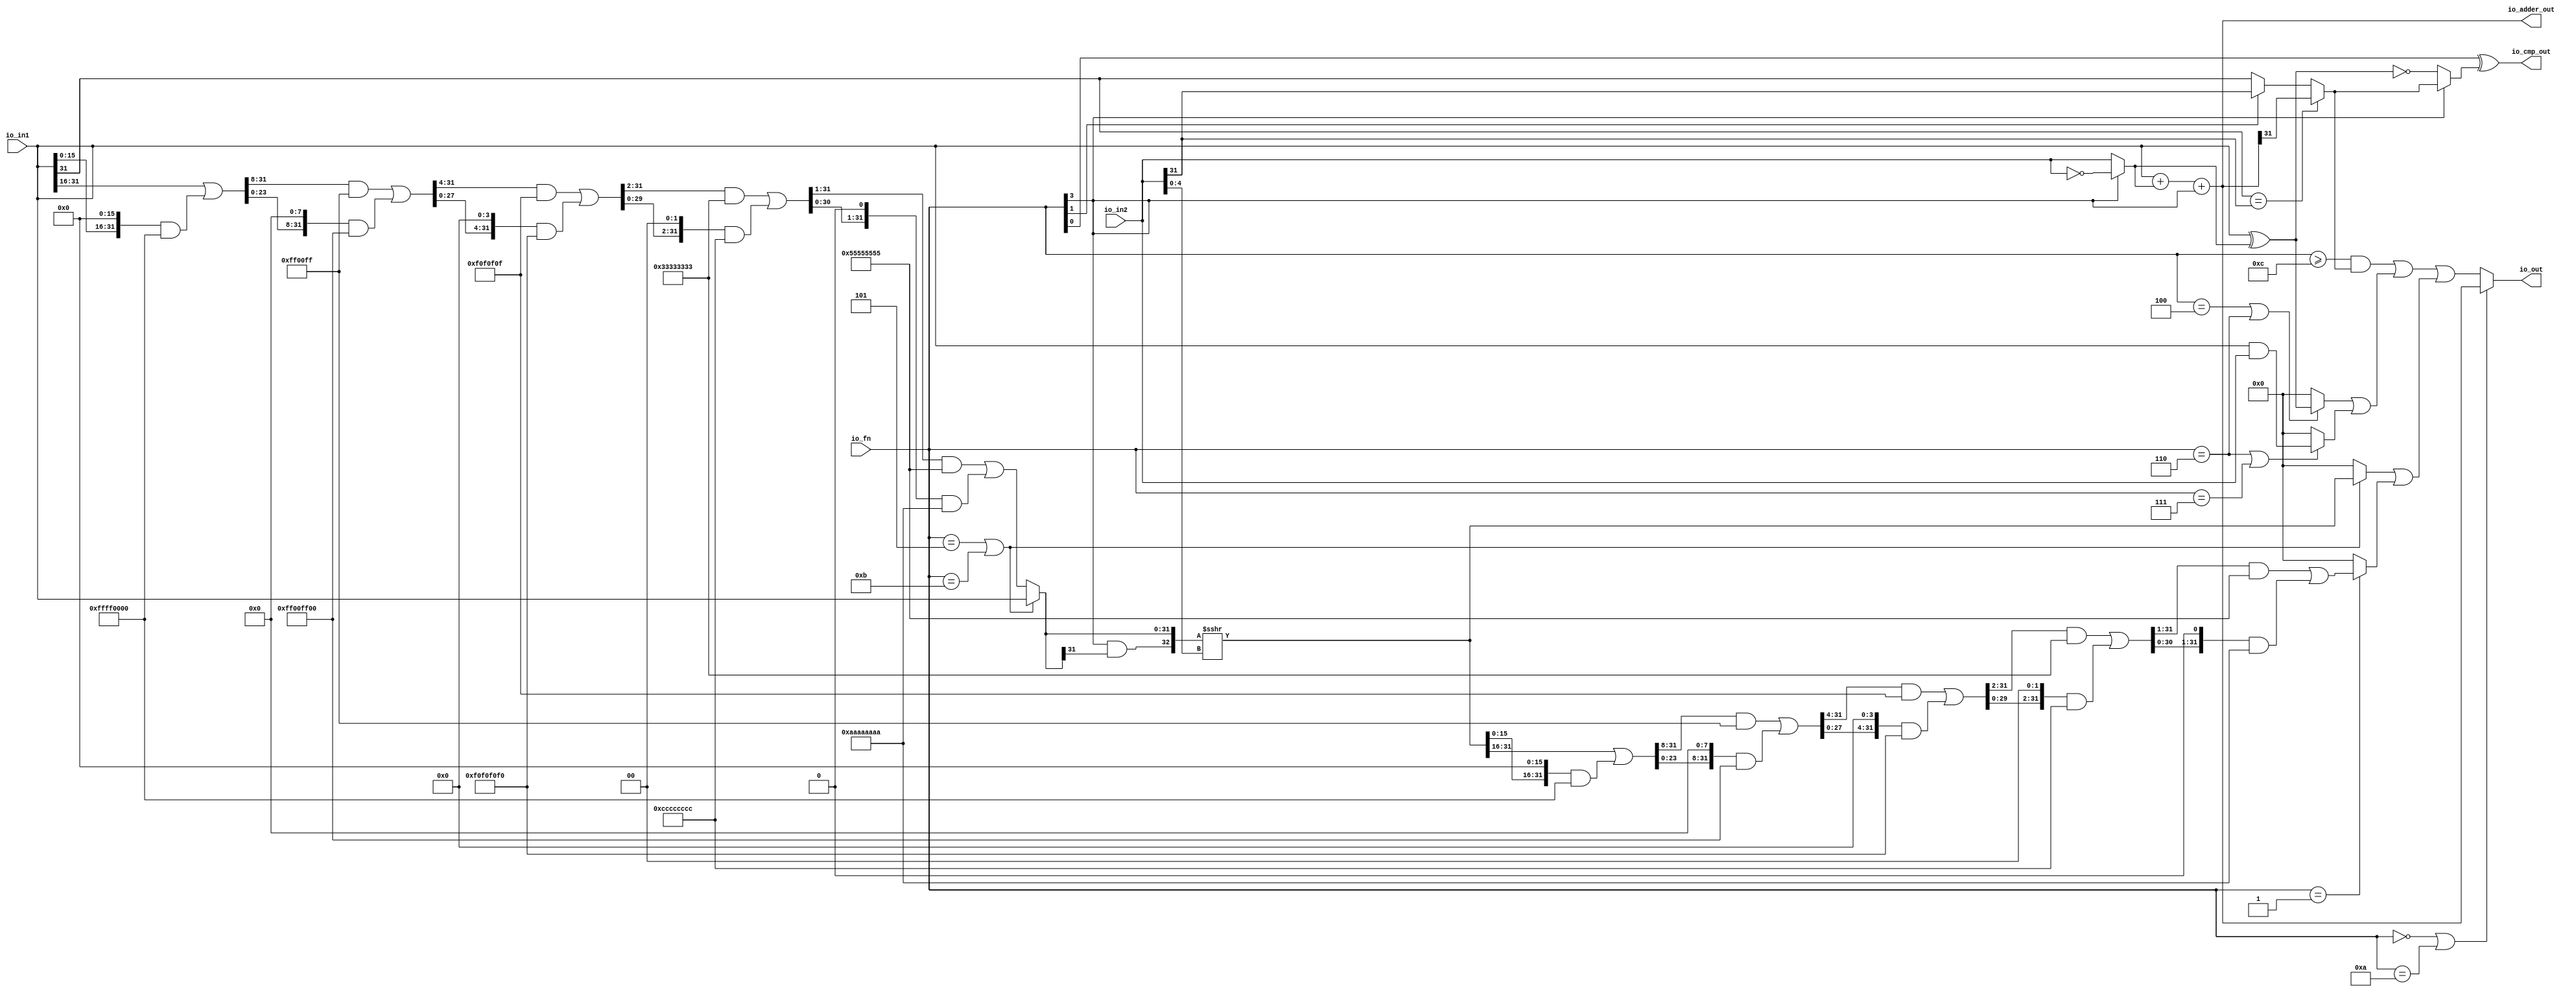
module ALU( // @[:freechips.rocketchip.system.DefaultRV32Config.fir@222613.2]
  input  [3:0]  io_fn, // @[:freechips.rocketchip.system.DefaultRV32Config.fir@222616.4]
  input  [31:0] io_in2, // @[:freechips.rocketchip.system.DefaultRV32Config.fir@222616.4]
  input  [31:0] io_in1, // @[:freechips.rocketchip.system.DefaultRV32Config.fir@222616.4]
  output [31:0] io_out, // @[:freechips.rocketchip.system.DefaultRV32Config.fir@222616.4]
  output [31:0] io_adder_out, // @[:freechips.rocketchip.system.DefaultRV32Config.fir@222616.4]
  output        io_cmp_out // @[:freechips.rocketchip.system.DefaultRV32Config.fir@222616.4]
);
  wire [31:0] _T_1; // @[ALU.scala 62:35:freechips.rocketchip.system.DefaultRV32Config.fir@222622.4]
  wire [31:0] in2_inv; // @[ALU.scala 62:20:freechips.rocketchip.system.DefaultRV32Config.fir@222623.4]
  wire [31:0] in1_xor_in2; // @[ALU.scala 63:28:freechips.rocketchip.system.DefaultRV32Config.fir@222624.4]
  wire [31:0] _T_3; // @[ALU.scala 64:26:freechips.rocketchip.system.DefaultRV32Config.fir@222626.4]
  wire [31:0] _GEN_0; // @[ALU.scala 64:36:freechips.rocketchip.system.DefaultRV32Config.fir@222628.4]
  wire  _T_9; // @[ALU.scala 68:24:freechips.rocketchip.system.DefaultRV32Config.fir@222633.4]
  wire  _T_14; // @[ALU.scala 69:8:freechips.rocketchip.system.DefaultRV32Config.fir@222638.4]
  wire  slt; // @[ALU.scala 68:8:freechips.rocketchip.system.DefaultRV32Config.fir@222639.4]
  wire  _T_17; // @[ALU.scala 44:26:freechips.rocketchip.system.DefaultRV32Config.fir@222642.4]
  wire  _T_18; // @[ALU.scala 70:68:freechips.rocketchip.system.DefaultRV32Config.fir@222643.4]
  wire  _T_19; // @[ALU.scala 70:41:freechips.rocketchip.system.DefaultRV32Config.fir@222644.4]
  wire [4:0] shamt; // @[ALU.scala 74:28:freechips.rocketchip.system.DefaultRV32Config.fir@222647.4]
  wire  _T_21; // @[ALU.scala 82:24:freechips.rocketchip.system.DefaultRV32Config.fir@222648.4]
  wire  _T_22; // @[ALU.scala 82:44:freechips.rocketchip.system.DefaultRV32Config.fir@222649.4]
  wire  _T_23; // @[ALU.scala 82:35:freechips.rocketchip.system.DefaultRV32Config.fir@222650.4]
  wire [31:0] _T_27; // @[Bitwise.scala 103:31:freechips.rocketchip.system.DefaultRV32Config.fir@222654.4]
  wire [31:0] _T_29; // @[Bitwise.scala 103:65:freechips.rocketchip.system.DefaultRV32Config.fir@222656.4]
  wire [31:0] _T_31; // @[Bitwise.scala 103:75:freechips.rocketchip.system.DefaultRV32Config.fir@222658.4]
  wire [31:0] _T_32; // @[Bitwise.scala 103:39:freechips.rocketchip.system.DefaultRV32Config.fir@222659.4]
  wire [31:0] _GEN_1; // @[Bitwise.scala 103:31:freechips.rocketchip.system.DefaultRV32Config.fir@222664.4]
  wire [31:0] _T_37; // @[Bitwise.scala 103:31:freechips.rocketchip.system.DefaultRV32Config.fir@222664.4]
  wire [31:0] _T_39; // @[Bitwise.scala 103:65:freechips.rocketchip.system.DefaultRV32Config.fir@222666.4]
  wire [31:0] _T_41; // @[Bitwise.scala 103:75:freechips.rocketchip.system.DefaultRV32Config.fir@222668.4]
  wire [31:0] _T_42; // @[Bitwise.scala 103:39:freechips.rocketchip.system.DefaultRV32Config.fir@222669.4]
  wire [31:0] _GEN_2; // @[Bitwise.scala 103:31:freechips.rocketchip.system.DefaultRV32Config.fir@222674.4]
  wire [31:0] _T_47; // @[Bitwise.scala 103:31:freechips.rocketchip.system.DefaultRV32Config.fir@222674.4]
  wire [31:0] _T_49; // @[Bitwise.scala 103:65:freechips.rocketchip.system.DefaultRV32Config.fir@222676.4]
  wire [31:0] _T_51; // @[Bitwise.scala 103:75:freechips.rocketchip.system.DefaultRV32Config.fir@222678.4]
  wire [31:0] _T_52; // @[Bitwise.scala 103:39:freechips.rocketchip.system.DefaultRV32Config.fir@222679.4]
  wire [31:0] _GEN_3; // @[Bitwise.scala 103:31:freechips.rocketchip.system.DefaultRV32Config.fir@222684.4]
  wire [31:0] _T_57; // @[Bitwise.scala 103:31:freechips.rocketchip.system.DefaultRV32Config.fir@222684.4]
  wire [31:0] _T_59; // @[Bitwise.scala 103:65:freechips.rocketchip.system.DefaultRV32Config.fir@222686.4]
  wire [31:0] _T_61; // @[Bitwise.scala 103:75:freechips.rocketchip.system.DefaultRV32Config.fir@222688.4]
  wire [31:0] _T_62; // @[Bitwise.scala 103:39:freechips.rocketchip.system.DefaultRV32Config.fir@222689.4]
  wire [31:0] _GEN_4; // @[Bitwise.scala 103:31:freechips.rocketchip.system.DefaultRV32Config.fir@222694.4]
  wire [31:0] _T_67; // @[Bitwise.scala 103:31:freechips.rocketchip.system.DefaultRV32Config.fir@222694.4]
  wire [31:0] _T_69; // @[Bitwise.scala 103:65:freechips.rocketchip.system.DefaultRV32Config.fir@222696.4]
  wire [31:0] _T_71; // @[Bitwise.scala 103:75:freechips.rocketchip.system.DefaultRV32Config.fir@222698.4]
  wire [31:0] _T_72; // @[Bitwise.scala 103:39:freechips.rocketchip.system.DefaultRV32Config.fir@222699.4]
  wire [31:0] shin; // @[ALU.scala 82:17:freechips.rocketchip.system.DefaultRV32Config.fir@222700.4]
  wire  _T_75; // @[ALU.scala 83:35:freechips.rocketchip.system.DefaultRV32Config.fir@222703.4]
  wire [32:0] _T_77; // @[ALU.scala 83:57:freechips.rocketchip.system.DefaultRV32Config.fir@222705.4]
  wire [32:0] _T_78; // @[ALU.scala 83:64:freechips.rocketchip.system.DefaultRV32Config.fir@222706.4]
  wire [31:0] shout_r; // @[ALU.scala 83:73:freechips.rocketchip.system.DefaultRV32Config.fir@222707.4]
  wire [31:0] _T_82; // @[Bitwise.scala 103:31:freechips.rocketchip.system.DefaultRV32Config.fir@222711.4]
  wire [31:0] _T_84; // @[Bitwise.scala 103:65:freechips.rocketchip.system.DefaultRV32Config.fir@222713.4]
  wire [31:0] _T_86; // @[Bitwise.scala 103:75:freechips.rocketchip.system.DefaultRV32Config.fir@222715.4]
  wire [31:0] _T_87; // @[Bitwise.scala 103:39:freechips.rocketchip.system.DefaultRV32Config.fir@222716.4]
  wire [31:0] _GEN_5; // @[Bitwise.scala 103:31:freechips.rocketchip.system.DefaultRV32Config.fir@222721.4]
  wire [31:0] _T_92; // @[Bitwise.scala 103:31:freechips.rocketchip.system.DefaultRV32Config.fir@222721.4]
  wire [31:0] _T_94; // @[Bitwise.scala 103:65:freechips.rocketchip.system.DefaultRV32Config.fir@222723.4]
  wire [31:0] _T_96; // @[Bitwise.scala 103:75:freechips.rocketchip.system.DefaultRV32Config.fir@222725.4]
  wire [31:0] _T_97; // @[Bitwise.scala 103:39:freechips.rocketchip.system.DefaultRV32Config.fir@222726.4]
  wire [31:0] _GEN_6; // @[Bitwise.scala 103:31:freechips.rocketchip.system.DefaultRV32Config.fir@222731.4]
  wire [31:0] _T_102; // @[Bitwise.scala 103:31:freechips.rocketchip.system.DefaultRV32Config.fir@222731.4]
  wire [31:0] _T_104; // @[Bitwise.scala 103:65:freechips.rocketchip.system.DefaultRV32Config.fir@222733.4]
  wire [31:0] _T_106; // @[Bitwise.scala 103:75:freechips.rocketchip.system.DefaultRV32Config.fir@222735.4]
  wire [31:0] _T_107; // @[Bitwise.scala 103:39:freechips.rocketchip.system.DefaultRV32Config.fir@222736.4]
  wire [31:0] _GEN_7; // @[Bitwise.scala 103:31:freechips.rocketchip.system.DefaultRV32Config.fir@222741.4]
  wire [31:0] _T_112; // @[Bitwise.scala 103:31:freechips.rocketchip.system.DefaultRV32Config.fir@222741.4]
  wire [31:0] _T_114; // @[Bitwise.scala 103:65:freechips.rocketchip.system.DefaultRV32Config.fir@222743.4]
  wire [31:0] _T_116; // @[Bitwise.scala 103:75:freechips.rocketchip.system.DefaultRV32Config.fir@222745.4]
  wire [31:0] _T_117; // @[Bitwise.scala 103:39:freechips.rocketchip.system.DefaultRV32Config.fir@222746.4]
  wire [31:0] _GEN_8; // @[Bitwise.scala 103:31:freechips.rocketchip.system.DefaultRV32Config.fir@222751.4]
  wire [31:0] _T_122; // @[Bitwise.scala 103:31:freechips.rocketchip.system.DefaultRV32Config.fir@222751.4]
  wire [31:0] _T_124; // @[Bitwise.scala 103:65:freechips.rocketchip.system.DefaultRV32Config.fir@222753.4]
  wire [31:0] _T_126; // @[Bitwise.scala 103:75:freechips.rocketchip.system.DefaultRV32Config.fir@222755.4]
  wire [31:0] shout_l; // @[Bitwise.scala 103:39:freechips.rocketchip.system.DefaultRV32Config.fir@222756.4]
  wire [31:0] _T_130; // @[ALU.scala 85:18:freechips.rocketchip.system.DefaultRV32Config.fir@222760.4]
  wire  _T_131; // @[ALU.scala 86:25:freechips.rocketchip.system.DefaultRV32Config.fir@222761.4]
  wire [31:0] _T_132; // @[ALU.scala 86:18:freechips.rocketchip.system.DefaultRV32Config.fir@222762.4]
  wire [31:0] shout; // @[ALU.scala 85:74:freechips.rocketchip.system.DefaultRV32Config.fir@222763.4]
  wire  _T_133; // @[ALU.scala 89:25:freechips.rocketchip.system.DefaultRV32Config.fir@222764.4]
  wire  _T_134; // @[ALU.scala 89:45:freechips.rocketchip.system.DefaultRV32Config.fir@222765.4]
  wire  _T_135; // @[ALU.scala 89:36:freechips.rocketchip.system.DefaultRV32Config.fir@222766.4]
  wire [31:0] _T_136; // @[ALU.scala 89:18:freechips.rocketchip.system.DefaultRV32Config.fir@222767.4]
  wire  _T_138; // @[ALU.scala 90:44:freechips.rocketchip.system.DefaultRV32Config.fir@222769.4]
  wire  _T_139; // @[ALU.scala 90:35:freechips.rocketchip.system.DefaultRV32Config.fir@222770.4]
  wire [31:0] _T_140; // @[ALU.scala 90:63:freechips.rocketchip.system.DefaultRV32Config.fir@222771.4]
  wire [31:0] _T_141; // @[ALU.scala 90:18:freechips.rocketchip.system.DefaultRV32Config.fir@222772.4]
  wire [31:0] logic_; // @[ALU.scala 89:78:freechips.rocketchip.system.DefaultRV32Config.fir@222773.4]
  wire  _T_142; // @[ALU.scala 41:30:freechips.rocketchip.system.DefaultRV32Config.fir@222774.4]
  wire  _T_143; // @[ALU.scala 91:35:freechips.rocketchip.system.DefaultRV32Config.fir@222775.4]
  wire [31:0] _GEN_9; // @[ALU.scala 91:43:freechips.rocketchip.system.DefaultRV32Config.fir@222776.4]
  wire [31:0] _T_144; // @[ALU.scala 91:43:freechips.rocketchip.system.DefaultRV32Config.fir@222776.4]
  wire [31:0] shift_logic; // @[ALU.scala 91:51:freechips.rocketchip.system.DefaultRV32Config.fir@222777.4]
  wire  _T_145; // @[ALU.scala 92:23:freechips.rocketchip.system.DefaultRV32Config.fir@222778.4]
  wire  _T_146; // @[ALU.scala 92:43:freechips.rocketchip.system.DefaultRV32Config.fir@222779.4]
  wire  _T_147; // @[ALU.scala 92:34:freechips.rocketchip.system.DefaultRV32Config.fir@222780.4]
  assign _T_1 = ~io_in2; // @[ALU.scala 62:35:freechips.rocketchip.system.DefaultRV32Config.fir@222622.4]
  assign in2_inv = io_fn[3] ? _T_1 : io_in2; // @[ALU.scala 62:20:freechips.rocketchip.system.DefaultRV32Config.fir@222623.4]
  assign in1_xor_in2 = io_in1 ^ in2_inv; // @[ALU.scala 63:28:freechips.rocketchip.system.DefaultRV32Config.fir@222624.4]
  assign _T_3 = io_in1 + in2_inv; // @[ALU.scala 64:26:freechips.rocketchip.system.DefaultRV32Config.fir@222626.4]
  assign _GEN_0 = {{31'd0}, io_fn[3]}; // @[ALU.scala 64:36:freechips.rocketchip.system.DefaultRV32Config.fir@222628.4]
  assign _T_9 = io_in1[31] == io_in2[31]; // @[ALU.scala 68:24:freechips.rocketchip.system.DefaultRV32Config.fir@222633.4]
  assign _T_14 = io_fn[1] ? io_in2[31] : io_in1[31]; // @[ALU.scala 69:8:freechips.rocketchip.system.DefaultRV32Config.fir@222638.4]
  assign slt = _T_9 ? io_adder_out[31] : _T_14; // @[ALU.scala 68:8:freechips.rocketchip.system.DefaultRV32Config.fir@222639.4]
  assign _T_17 = ~io_fn[3]; // @[ALU.scala 44:26:freechips.rocketchip.system.DefaultRV32Config.fir@222642.4]
  assign _T_18 = in1_xor_in2 == 32'h0; // @[ALU.scala 70:68:freechips.rocketchip.system.DefaultRV32Config.fir@222643.4]
  assign _T_19 = _T_17 ? _T_18 : slt; // @[ALU.scala 70:41:freechips.rocketchip.system.DefaultRV32Config.fir@222644.4]
  assign shamt = io_in2[4:0]; // @[ALU.scala 74:28:freechips.rocketchip.system.DefaultRV32Config.fir@222647.4]
  assign _T_21 = io_fn == 4'h5; // @[ALU.scala 82:24:freechips.rocketchip.system.DefaultRV32Config.fir@222648.4]
  assign _T_22 = io_fn == 4'hb; // @[ALU.scala 82:44:freechips.rocketchip.system.DefaultRV32Config.fir@222649.4]
  assign _T_23 = _T_21 | _T_22; // @[ALU.scala 82:35:freechips.rocketchip.system.DefaultRV32Config.fir@222650.4]
  assign _T_27 = {{16'd0}, io_in1[31:16]}; // @[Bitwise.scala 103:31:freechips.rocketchip.system.DefaultRV32Config.fir@222654.4]
  assign _T_29 = {io_in1[15:0], 16'h0}; // @[Bitwise.scala 103:65:freechips.rocketchip.system.DefaultRV32Config.fir@222656.4]
  assign _T_31 = _T_29 & 32'hffff0000; // @[Bitwise.scala 103:75:freechips.rocketchip.system.DefaultRV32Config.fir@222658.4]
  assign _T_32 = _T_27 | _T_31; // @[Bitwise.scala 103:39:freechips.rocketchip.system.DefaultRV32Config.fir@222659.4]
  assign _GEN_1 = {{8'd0}, _T_32[31:8]}; // @[Bitwise.scala 103:31:freechips.rocketchip.system.DefaultRV32Config.fir@222664.4]
  assign _T_37 = _GEN_1 & 32'hff00ff; // @[Bitwise.scala 103:31:freechips.rocketchip.system.DefaultRV32Config.fir@222664.4]
  assign _T_39 = {_T_32[23:0], 8'h0}; // @[Bitwise.scala 103:65:freechips.rocketchip.system.DefaultRV32Config.fir@222666.4]
  assign _T_41 = _T_39 & 32'hff00ff00; // @[Bitwise.scala 103:75:freechips.rocketchip.system.DefaultRV32Config.fir@222668.4]
  assign _T_42 = _T_37 | _T_41; // @[Bitwise.scala 103:39:freechips.rocketchip.system.DefaultRV32Config.fir@222669.4]
  assign _GEN_2 = {{4'd0}, _T_42[31:4]}; // @[Bitwise.scala 103:31:freechips.rocketchip.system.DefaultRV32Config.fir@222674.4]
  assign _T_47 = _GEN_2 & 32'hf0f0f0f; // @[Bitwise.scala 103:31:freechips.rocketchip.system.DefaultRV32Config.fir@222674.4]
  assign _T_49 = {_T_42[27:0], 4'h0}; // @[Bitwise.scala 103:65:freechips.rocketchip.system.DefaultRV32Config.fir@222676.4]
  assign _T_51 = _T_49 & 32'hf0f0f0f0; // @[Bitwise.scala 103:75:freechips.rocketchip.system.DefaultRV32Config.fir@222678.4]
  assign _T_52 = _T_47 | _T_51; // @[Bitwise.scala 103:39:freechips.rocketchip.system.DefaultRV32Config.fir@222679.4]
  assign _GEN_3 = {{2'd0}, _T_52[31:2]}; // @[Bitwise.scala 103:31:freechips.rocketchip.system.DefaultRV32Config.fir@222684.4]
  assign _T_57 = _GEN_3 & 32'h33333333; // @[Bitwise.scala 103:31:freechips.rocketchip.system.DefaultRV32Config.fir@222684.4]
  assign _T_59 = {_T_52[29:0], 2'h0}; // @[Bitwise.scala 103:65:freechips.rocketchip.system.DefaultRV32Config.fir@222686.4]
  assign _T_61 = _T_59 & 32'hcccccccc; // @[Bitwise.scala 103:75:freechips.rocketchip.system.DefaultRV32Config.fir@222688.4]
  assign _T_62 = _T_57 | _T_61; // @[Bitwise.scala 103:39:freechips.rocketchip.system.DefaultRV32Config.fir@222689.4]
  assign _GEN_4 = {{1'd0}, _T_62[31:1]}; // @[Bitwise.scala 103:31:freechips.rocketchip.system.DefaultRV32Config.fir@222694.4]
  assign _T_67 = _GEN_4 & 32'h55555555; // @[Bitwise.scala 103:31:freechips.rocketchip.system.DefaultRV32Config.fir@222694.4]
  assign _T_69 = {_T_62[30:0], 1'h0}; // @[Bitwise.scala 103:65:freechips.rocketchip.system.DefaultRV32Config.fir@222696.4]
  assign _T_71 = _T_69 & 32'haaaaaaaa; // @[Bitwise.scala 103:75:freechips.rocketchip.system.DefaultRV32Config.fir@222698.4]
  assign _T_72 = _T_67 | _T_71; // @[Bitwise.scala 103:39:freechips.rocketchip.system.DefaultRV32Config.fir@222699.4]
  assign shin = _T_23 ? io_in1 : _T_72; // @[ALU.scala 82:17:freechips.rocketchip.system.DefaultRV32Config.fir@222700.4]
  assign _T_75 = io_fn[3] & shin[31]; // @[ALU.scala 83:35:freechips.rocketchip.system.DefaultRV32Config.fir@222703.4]
  assign _T_77 = {_T_75,shin}; // @[ALU.scala 83:57:freechips.rocketchip.system.DefaultRV32Config.fir@222705.4]
  assign _T_78 = $signed(_T_77) >>> shamt; // @[ALU.scala 83:64:freechips.rocketchip.system.DefaultRV32Config.fir@222706.4]
  assign shout_r = _T_78[31:0]; // @[ALU.scala 83:73:freechips.rocketchip.system.DefaultRV32Config.fir@222707.4]
  assign _T_82 = {{16'd0}, shout_r[31:16]}; // @[Bitwise.scala 103:31:freechips.rocketchip.system.DefaultRV32Config.fir@222711.4]
  assign _T_84 = {shout_r[15:0], 16'h0}; // @[Bitwise.scala 103:65:freechips.rocketchip.system.DefaultRV32Config.fir@222713.4]
  assign _T_86 = _T_84 & 32'hffff0000; // @[Bitwise.scala 103:75:freechips.rocketchip.system.DefaultRV32Config.fir@222715.4]
  assign _T_87 = _T_82 | _T_86; // @[Bitwise.scala 103:39:freechips.rocketchip.system.DefaultRV32Config.fir@222716.4]
  assign _GEN_5 = {{8'd0}, _T_87[31:8]}; // @[Bitwise.scala 103:31:freechips.rocketchip.system.DefaultRV32Config.fir@222721.4]
  assign _T_92 = _GEN_5 & 32'hff00ff; // @[Bitwise.scala 103:31:freechips.rocketchip.system.DefaultRV32Config.fir@222721.4]
  assign _T_94 = {_T_87[23:0], 8'h0}; // @[Bitwise.scala 103:65:freechips.rocketchip.system.DefaultRV32Config.fir@222723.4]
  assign _T_96 = _T_94 & 32'hff00ff00; // @[Bitwise.scala 103:75:freechips.rocketchip.system.DefaultRV32Config.fir@222725.4]
  assign _T_97 = _T_92 | _T_96; // @[Bitwise.scala 103:39:freechips.rocketchip.system.DefaultRV32Config.fir@222726.4]
  assign _GEN_6 = {{4'd0}, _T_97[31:4]}; // @[Bitwise.scala 103:31:freechips.rocketchip.system.DefaultRV32Config.fir@222731.4]
  assign _T_102 = _GEN_6 & 32'hf0f0f0f; // @[Bitwise.scala 103:31:freechips.rocketchip.system.DefaultRV32Config.fir@222731.4]
  assign _T_104 = {_T_97[27:0], 4'h0}; // @[Bitwise.scala 103:65:freechips.rocketchip.system.DefaultRV32Config.fir@222733.4]
  assign _T_106 = _T_104 & 32'hf0f0f0f0; // @[Bitwise.scala 103:75:freechips.rocketchip.system.DefaultRV32Config.fir@222735.4]
  assign _T_107 = _T_102 | _T_106; // @[Bitwise.scala 103:39:freechips.rocketchip.system.DefaultRV32Config.fir@222736.4]
  assign _GEN_7 = {{2'd0}, _T_107[31:2]}; // @[Bitwise.scala 103:31:freechips.rocketchip.system.DefaultRV32Config.fir@222741.4]
  assign _T_112 = _GEN_7 & 32'h33333333; // @[Bitwise.scala 103:31:freechips.rocketchip.system.DefaultRV32Config.fir@222741.4]
  assign _T_114 = {_T_107[29:0], 2'h0}; // @[Bitwise.scala 103:65:freechips.rocketchip.system.DefaultRV32Config.fir@222743.4]
  assign _T_116 = _T_114 & 32'hcccccccc; // @[Bitwise.scala 103:75:freechips.rocketchip.system.DefaultRV32Config.fir@222745.4]
  assign _T_117 = _T_112 | _T_116; // @[Bitwise.scala 103:39:freechips.rocketchip.system.DefaultRV32Config.fir@222746.4]
  assign _GEN_8 = {{1'd0}, _T_117[31:1]}; // @[Bitwise.scala 103:31:freechips.rocketchip.system.DefaultRV32Config.fir@222751.4]
  assign _T_122 = _GEN_8 & 32'h55555555; // @[Bitwise.scala 103:31:freechips.rocketchip.system.DefaultRV32Config.fir@222751.4]
  assign _T_124 = {_T_117[30:0], 1'h0}; // @[Bitwise.scala 103:65:freechips.rocketchip.system.DefaultRV32Config.fir@222753.4]
  assign _T_126 = _T_124 & 32'haaaaaaaa; // @[Bitwise.scala 103:75:freechips.rocketchip.system.DefaultRV32Config.fir@222755.4]
  assign shout_l = _T_122 | _T_126; // @[Bitwise.scala 103:39:freechips.rocketchip.system.DefaultRV32Config.fir@222756.4]
  assign _T_130 = _T_23 ? shout_r : 32'h0; // @[ALU.scala 85:18:freechips.rocketchip.system.DefaultRV32Config.fir@222760.4]
  assign _T_131 = io_fn == 4'h1; // @[ALU.scala 86:25:freechips.rocketchip.system.DefaultRV32Config.fir@222761.4]
  assign _T_132 = _T_131 ? shout_l : 32'h0; // @[ALU.scala 86:18:freechips.rocketchip.system.DefaultRV32Config.fir@222762.4]
  assign shout = _T_130 | _T_132; // @[ALU.scala 85:74:freechips.rocketchip.system.DefaultRV32Config.fir@222763.4]
  assign _T_133 = io_fn == 4'h4; // @[ALU.scala 89:25:freechips.rocketchip.system.DefaultRV32Config.fir@222764.4]
  assign _T_134 = io_fn == 4'h6; // @[ALU.scala 89:45:freechips.rocketchip.system.DefaultRV32Config.fir@222765.4]
  assign _T_135 = _T_133 | _T_134; // @[ALU.scala 89:36:freechips.rocketchip.system.DefaultRV32Config.fir@222766.4]
  assign _T_136 = _T_135 ? in1_xor_in2 : 32'h0; // @[ALU.scala 89:18:freechips.rocketchip.system.DefaultRV32Config.fir@222767.4]
  assign _T_138 = io_fn == 4'h7; // @[ALU.scala 90:44:freechips.rocketchip.system.DefaultRV32Config.fir@222769.4]
  assign _T_139 = _T_134 | _T_138; // @[ALU.scala 90:35:freechips.rocketchip.system.DefaultRV32Config.fir@222770.4]
  assign _T_140 = io_in1 & io_in2; // @[ALU.scala 90:63:freechips.rocketchip.system.DefaultRV32Config.fir@222771.4]
  assign _T_141 = _T_139 ? _T_140 : 32'h0; // @[ALU.scala 90:18:freechips.rocketchip.system.DefaultRV32Config.fir@222772.4]
  assign logic_ = _T_136 | _T_141; // @[ALU.scala 89:78:freechips.rocketchip.system.DefaultRV32Config.fir@222773.4]
  assign _T_142 = io_fn >= 4'hc; // @[ALU.scala 41:30:freechips.rocketchip.system.DefaultRV32Config.fir@222774.4]
  assign _T_143 = _T_142 & slt; // @[ALU.scala 91:35:freechips.rocketchip.system.DefaultRV32Config.fir@222775.4]
  assign _GEN_9 = {{31'd0}, _T_143}; // @[ALU.scala 91:43:freechips.rocketchip.system.DefaultRV32Config.fir@222776.4]
  assign _T_144 = _GEN_9 | logic_; // @[ALU.scala 91:43:freechips.rocketchip.system.DefaultRV32Config.fir@222776.4]
  assign shift_logic = _T_144 | shout; // @[ALU.scala 91:51:freechips.rocketchip.system.DefaultRV32Config.fir@222777.4]
  assign _T_145 = io_fn == 4'h0; // @[ALU.scala 92:23:freechips.rocketchip.system.DefaultRV32Config.fir@222778.4]
  assign _T_146 = io_fn == 4'ha; // @[ALU.scala 92:43:freechips.rocketchip.system.DefaultRV32Config.fir@222779.4]
  assign _T_147 = _T_145 | _T_146; // @[ALU.scala 92:34:freechips.rocketchip.system.DefaultRV32Config.fir@222780.4]
  assign io_out = _T_147 ? io_adder_out : shift_logic; // @[ALU.scala 94:10:freechips.rocketchip.system.DefaultRV32Config.fir@222782.4]
  assign io_adder_out = _T_3 + _GEN_0; // @[ALU.scala 64:16:freechips.rocketchip.system.DefaultRV32Config.fir@222630.4]
  assign io_cmp_out = io_fn[0] ^ _T_19; // @[ALU.scala 70:14:freechips.rocketchip.system.DefaultRV32Config.fir@222646.4]
endmodule